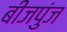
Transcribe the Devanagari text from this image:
बीजपुंज